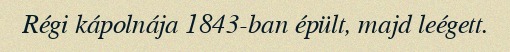
Régi kápolnája 1843-ban épült, majd leégett.